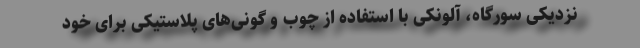
نزدیکی سورگاه، آلونکی با استفاده از چوب و گونی‌های پلاستیکی برای خود